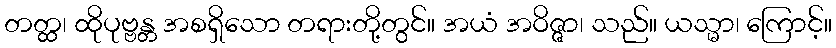
တတ္ထ၊ ထိုပုဗ္ဗန္တ အစရှိသော တရားတို့တွင်။ အယံ အဝိဇ္ဇာ၊ သည်။ ယသ္မာ၊ ကြောင့်။